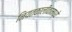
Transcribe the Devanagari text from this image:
नियतकालीकामध्ये